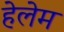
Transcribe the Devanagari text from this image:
हेलेम